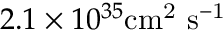
2 . 1 \times 1 0 ^ { 3 5 } \mathrm { { c m } ^ { 2 } \ \mathrm { { s } ^ { - 1 } } }